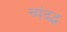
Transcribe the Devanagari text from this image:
च्पंदद्ध